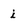
Character: i